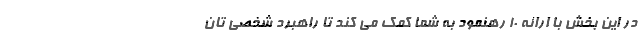
در این بخش با ارائه 10 رهنمود به شما کمک می کند تا راهبرد شخصی تان